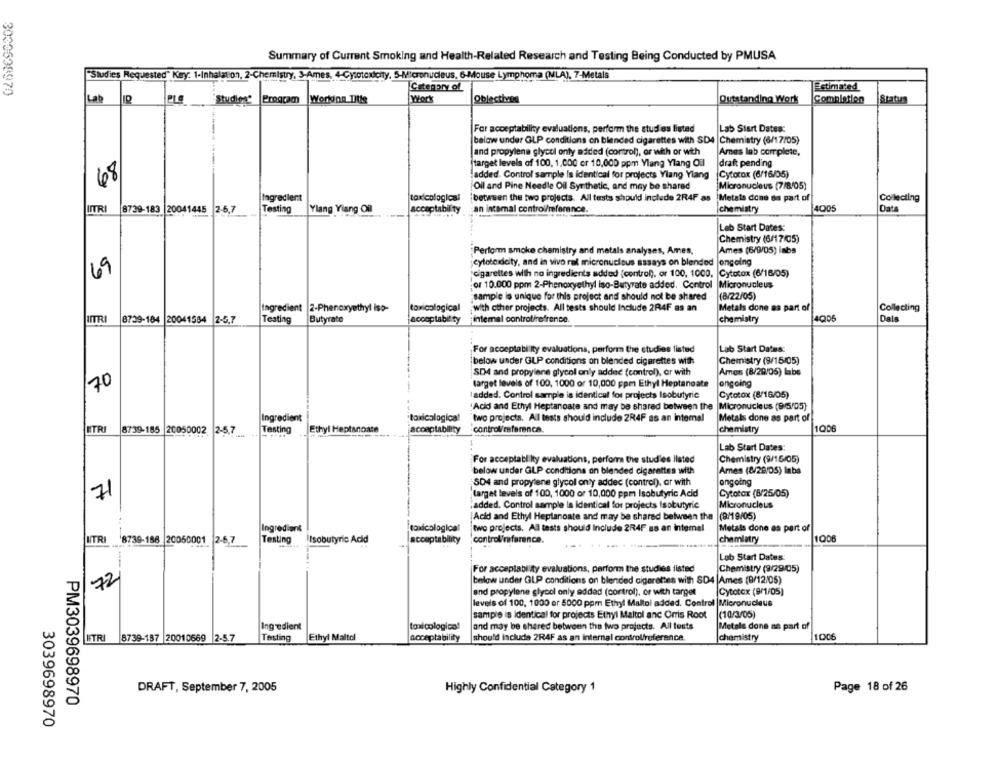
Summary of Current Smoking and Health-Related Research and Testing Being Conducted by PMUSA
"Studies Requested" Kary: 1-Inhalation, 2-Chemistry, 3-Ames, 4-Cystadcity, 5-Micronucleus, 6-Mouse Lymphoma (MLA), 7-Metals
3030698970
Category of
Estimated
Lab
PLS
Studies Program
Working Title
Work
Objectives
Outstanding Work
Completion
Status
For acceptability evaluations, perform the stud os listed
Lab Start Dates:
below under GLP conditions on blended cigarettes with SD4 |Chemistry (6/17/05)
and propylene glycol only added (control), or with or with
Ames lab complete,
target levels of 100, 1,000 or 10,000 ppm Ylang Ylang Oil
drak pending
68
added. Control sample Is identical for projects Ylang Ylang
Cytotox (6/16/05)
Oil and Pine Needle Oil Synthetic, and may be shared
Micronucleus (7/8/05)
Ingredient
toxicological
'between the two projects. All tests should include 2R4F as Metals done as part of
Collecting
4005
İITRI
8739-183 20041445 2-6,7
Testing
Ylang Yiang Oil
acceptability
an internal control/reference.
chemistry
Lab Start Dates:
Chemistry (6/17/05)
Perform smoke chemistry and metals analyses, Ames,
Ames (6/9/05) labs
cytotodicity, and in vivo ral micronucleus sasays on blended ongoing
69
cigarettes with no ingredients added {control), or 100, 1000, Cytotox (6/16/05)
of 10.000 ppm 2-Phenoxyethyl iso-Butyrate added. Control
Micronucleus
sample is unique for this project and should not be shared
(8/22/05)
Ingredient
2-Phenoxyethyl iso-
toxicological
with other projects. All tests should Include 2R4F as an
Metals done as part of
Collecting
8739-104 20041584 2-5.7
Testing
Butyrate
acceptability
intemal control/refrence.
chemistry
4Q06
Dals
For acceptability evaluations, perform the studies listed
Lab Start Dates:
below under GLP conditions on blended cigarettes with
Chemistry (9/15/05)
SD4 and propylene glycol only addeć (control), or with
Ames (8/29/06) labs
70
target levels of 100, 1000 or 10,000 ppm Ethyl Heptanoate
ongoing
laddad. Control sample is identical for projects Isobutyric
Cytotox (8/16/05)
:Acid and Ethyl Heptanoate and may be shared between the
Micronucleus (9/5/05)
Ingredient
toxicological
"two projects. All tests should include 2R4F as an intemal
Metals done as part of
1006
ETRE
8739-185 20050002
2-5,7
Testing
Ethyl Heptanoate
acceptability
control/reference.
chemistry
Lab Start Dates:
For acceptabl ity evaluations, perform the stud'es listed
Chemistry (9/15/05)
below under GLP conditions on blended cigarettes with
Ames (8/29/05) laba
SD4 and propylene glycol only addec (control), or with
ongoing
target levels of 100, 1000 or 10,000 ppm Isobutyric Acid
Cytotox (8/25/05)
71
"added. Control sample Is identical for projects Isobutyric
Micronucleus
Acid and Ethyl Heptanoate and may be shared between the
(BM19/05)
Ingredient
toxicological
two projects. Al tests should Include 2R4F ss an intemel
Metals done as part of
LITRI 8739-186 20050001
12-6,7
Testing
Isobutyric Acid
acceptability
control'mference.
chemistry
1006
Lab Start Dates:
For acceplability evaluations, perform the studies listed
Chemistry (9/29/05)
72
below under GLP conditions on blended cigarettes with SD4 |Ames (9/12/05)
and propylene glycol only addad (control), or with target
Cytotox (9/1/05)
levels of 100, 1000 or 5000 ppm Ethyl Maltol added. Control |Micronucleus
sample is identical for projects Ethyl Maltol anc Orris Root
(10/3/05)
Ingredient
toxicologico!
and may be shared between the two projects. All tests
Metals done sa part of
8739-187 20010669 2-5.7
Testing
Ethyl Maltol
acceptability
should include 2R4F as an internal controlfreference.
chemistry
1006
Page 18 of 26
DRAFT, September 7, 2005
Highly Confidential Category 1
PM3039698970
3039698970